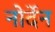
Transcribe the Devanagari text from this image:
नोर्देन